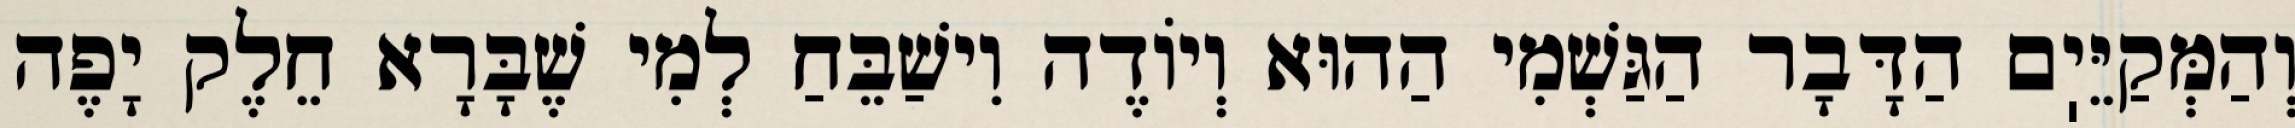
וְהַמְּקַיֵּיֽם הַדָּבָר הַגַּשְׁמִי הַהוּא וְיוֹדֶה וִישַׁבֵּחַ לְמִי שֶׁבָּרָא חֵלֶק יָפֶה